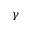
\gamma